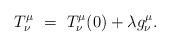
LaTeX: \begin{align*}T^\mu_\nu ~=~T^\mu_\nu (0) + \lambda g^\mu_\nu.\end{align*}